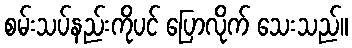
စမ်းသပ်နည်းကိုပင် ပြောလိုက် သေးသည်။